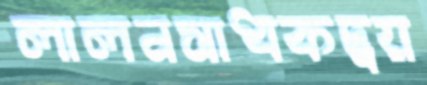
লালনসাধকদ্বয়